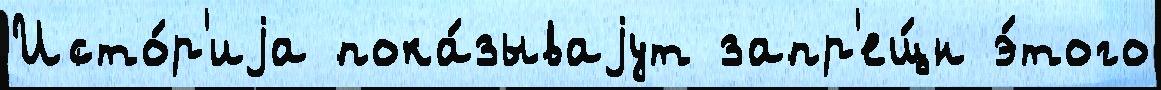
Исто́р'иjа пока́зываjут запр'ещ́н э́того